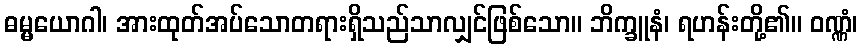
ဓမ္မယောဂါ၊ အားထုတ်အပ်သောတရားရှိသည်သာလျှင်ဖြစ်သော။ ဘိက္ခူနံ၊ ရဟန်းတို့၏။ ဝဏ္ဏံ၊